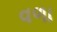
વળા